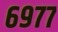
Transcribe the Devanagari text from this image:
६९७७